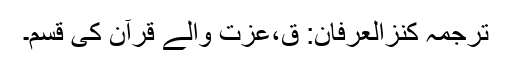
ترجمۂ کنزُالعِرفان: قٓ،عزت والے قرآن کی قسم۔